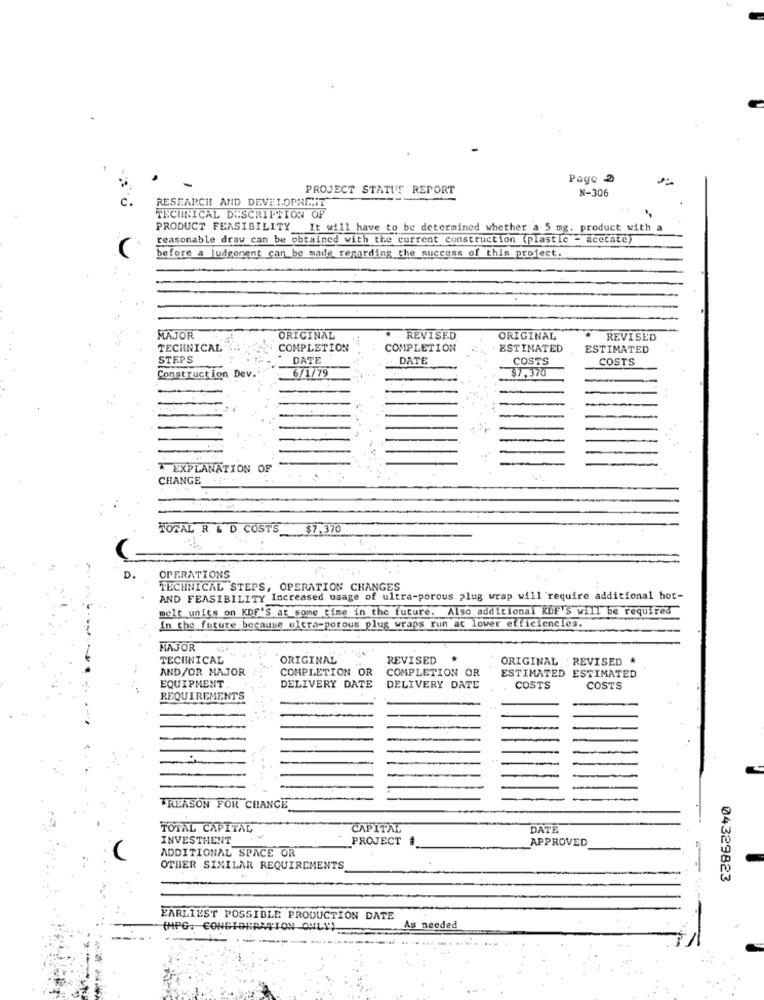
Page 2
PROJECT STATUS REPORT
N-306
RESEARCH AND DEVELOPMENT
TECHNICAL DESCRIPTION OF
PRODUCT FEASIBILITY It will have to be determined whether a 5 mg. product with a
reasonable draw can be obtained with the current construction (plastie - acetate)
before a judgement can be made regarding the success of this project.
MAJOR
ORIGINAL
REVISED
ORIGINAL
REVISED
TECHNICAL
COMPLETION
COMPLETION
ESTIMATED
ESTIMATED
STEPS
DATE
DATE
COSTS
COSTS
6/1/79
$7,370
Construction Dev.
* EXPLANATION OF
CHANGE
TOTAL R & D COSTS
.. $7,370
D.
OPERATIONS
TECHNICAL STEPS, OPERATION CHANGES
AND FEASIBILITY Increased usage of ultra-porous plug wrap will require additional hot-
melt units on KDF'S at some time in the future. Also additional RDF'S will be required
In the future because elcra-porous plug wraps run ac lower efficiencies.
MAJOR
TECHNICAL
ORIGINAL
REVISED
ORIGINAL REVISED
AND/OR MAJOR
COMPLETION OR
COMPLETION OR
ESTIMATED ESTIMATED
EQUIPMENT
DELIVERY DATE
DELIVERY DATE
COSTS
COSTS
REQUIREMENTS
TREASON FOR CHANGE
TOTAL CAPITAL
CAPITAL
DATE
INVESTMENT
PROJECT
APPROVED
ADDITIONAL SPACE OR
OTHER SIMILAR REQUIREMENTS
04329823
EARLIEST POSSIBLE PRODUCTION DATE
As needed